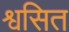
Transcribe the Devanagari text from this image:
श्वसित